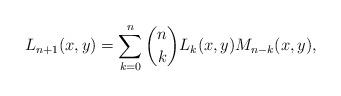
LaTeX: \begin{align*} L_{n+1}(x, y) = \sum_{k=0}^n {n \choose k} L_{k}(x,y) M_{n-k}(x,y),\end{align*}